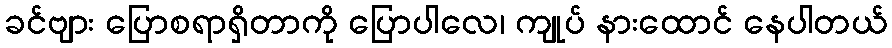
ခင်ဗျား ပြောစရာရှိတာကို ပြောပါလေ၊ ကျုပ် နားထောင် နေပါတယ်